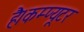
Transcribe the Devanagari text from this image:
है।कम्‍प्‍यूटर